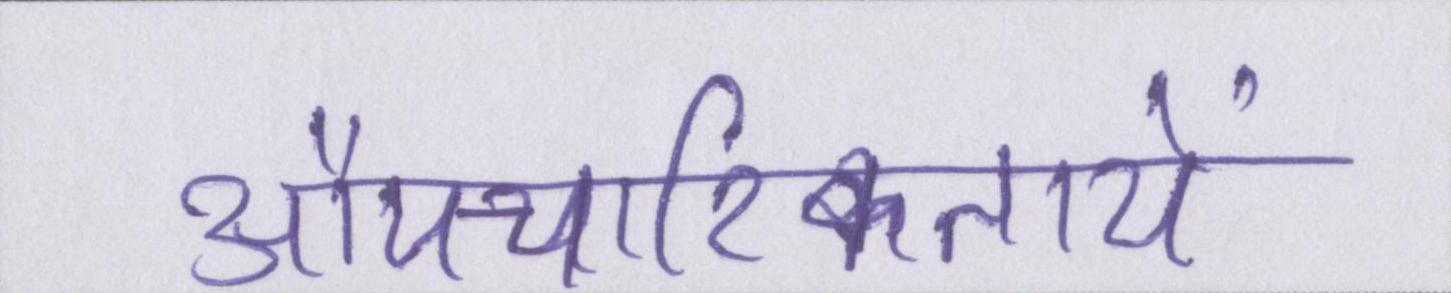
औपचारिकतायें